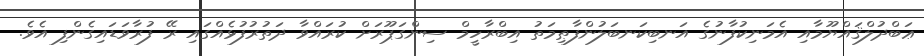
ޢަބްދުލްޤައްޔޫމާއި އެމަނިކުފާނުގެ އަނބިކަނބަލުންފާޠިމަތު އިބްރާހީމް ސިންގަޕޫރަށް ކުރައްވާ ދަތުރުފުޅެއްގައި ރޭ ފުރާވަޑައިގެންފި އެވެ.